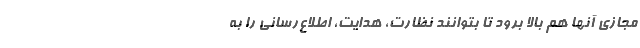
مجازی آنها هم بالا برود تا بتوانند نظارت، هدایت، اطلاع‌رسانی را به